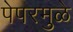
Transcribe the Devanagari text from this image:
पेपरमुळे